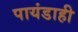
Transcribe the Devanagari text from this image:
पायंडाही